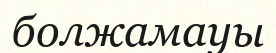
болжамауы